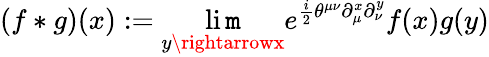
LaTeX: (f*g)(x):=\operatorname*{li\mathtt{m}}_{y\rightarrowx}e^{\frac{{i}}{{2}}\theta^{\mu\nu}\partial_{\mu}^{x}\partial_{\nu}^{y}}f(x)g(y)